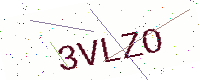
Text: 3VLZO